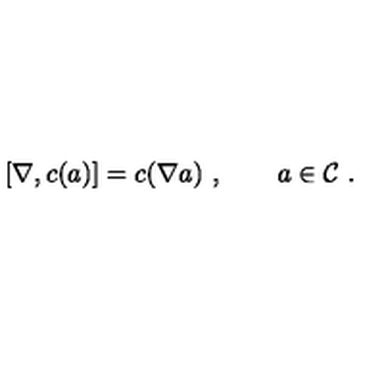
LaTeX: [ \nabla , c ( a ) ] = c ( \nabla a ) \ , \qquad a \in { \cal C } \ .